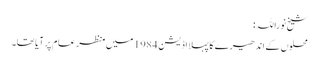
شیخ نوراللہ:
محلوں کے اندھیرے کا پہلا اڈیشن 1984 میں منظر عام پر آیا تھا۔